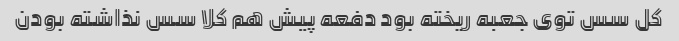
کل سس توی جعبه ریخته بود دفعه پیش هم کلا سس نذاشته بودن